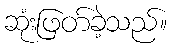
ဆုံးဖြတ်ခဲ့သည်။